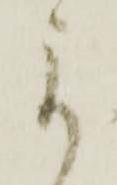
よ